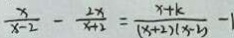
\frac { x } { x - 2 } - \frac { 2 x } { x + 2 } = \frac { x + k } { ( x + 2 ) ( x - 2 ) } - 1